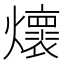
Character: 𭶦